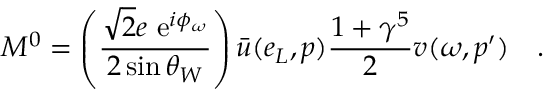
{ \cal M } ^ { 0 } = \left( { \frac { \sqrt { 2 } e \mathrm { \ e } ^ { i \phi _ { \omega } } } { 2 \sin \theta _ { W } } } \right) \bar { u } ( e _ { L } , p ) { \frac { 1 + \gamma ^ { 5 } } { 2 } } v ( \omega , p ^ { \prime } ) \quad .